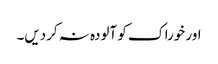
اور خوراک کو آلودہ نہ کردیں۔